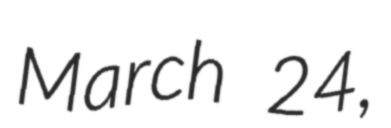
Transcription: March 24,